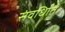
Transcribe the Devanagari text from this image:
संवर्धिात